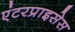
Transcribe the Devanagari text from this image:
एंटरप्राइसेस